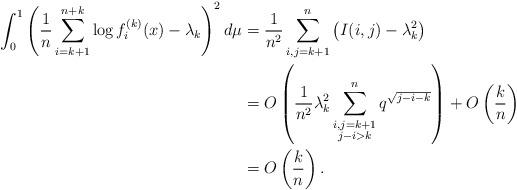
LaTeX: \begin{align*}\int_0^1 \left( \frac{1}{n} \sum_{i=k+1}^{n+k} \log f_i^{(k)}(x) - \lambda_k\right)^2 d \mu& =\frac{1}{n^2} \sum_{i,j= k+1}^n \left( I(i,j)-\lambda_k^2\right)\\& = O\left( \frac{1}{n^2}\lambda_k^2\sum_{\substack{i,j=k+1\\j-i>k}}^n q^{\sqrt{j-i-k}}\right) +O\left( \frac{k}{n} \right)\\& = O\left( \frac{k}{n}\right).\end{align*}